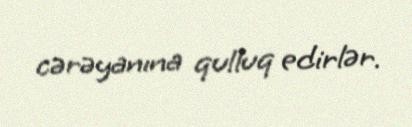
cərəyanına qulluq edirlər.